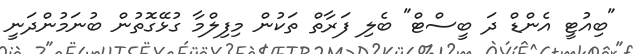
"ބިއުޓީ އެންޑް ދަ ބީސްޓް" ބެލި ފަރާތް ތަކުން މިފިލްމާ ގުޅޭގޮތުން ބުނަމުންދަނީ